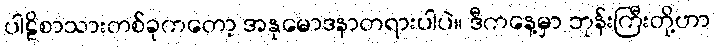
ပါဠိစာသားတစ်ခုကတော့ အနုမောဒနာတရားပါပဲ။ ဒီကနေ့မှာ ဘုန်းကြီးတို့ဟာ